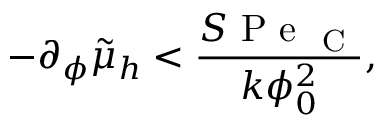
- \partial _ { \phi } \tilde { \mu } _ { h } < \frac { S \mathrm { ~ P ~ e ~ } _ { \mathrm { ~ C ~ } } } { k \phi _ { 0 } ^ { 2 } } ,